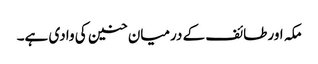
مکہ اور طائف کے درمیان حنین کی وادی ہے۔